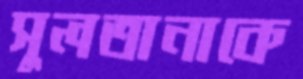
সুলতানাকে